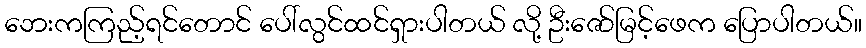
ဘေးကကြည့်ရင်တောင် ပေါ်လွင်ထင်ရှားပါတယ် လို့ ဦးဇော်မြင့်ဖေက ပြောပါတယ်။